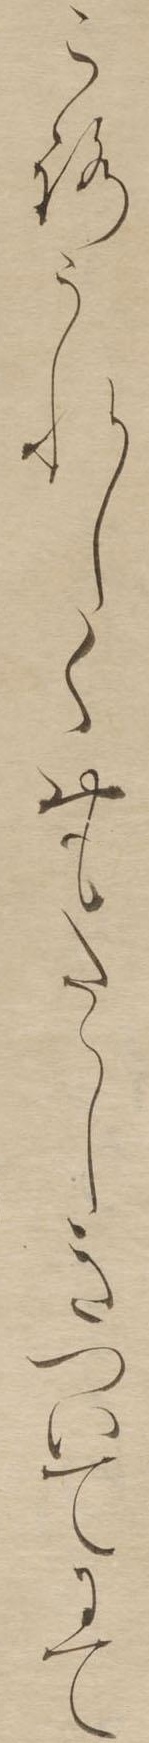
ころうれしくおもたゝしきついてにて